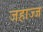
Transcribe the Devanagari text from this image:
जहाज्ज